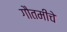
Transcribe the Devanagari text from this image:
गौतमीचे